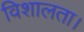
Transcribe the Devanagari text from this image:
विशालता।